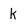
Character: k